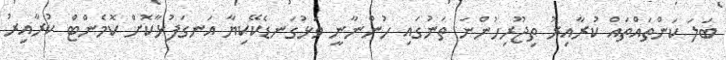
ބަލަ ކަންތައްތައް ކުރާއިރު ތިޖޫރިހުންނަ ތަނުގައި ހުންނާނީ ވަޅުގަނޑެކޭކިޔާ އަނގަފުޅާކޮށް ކޮމެންޓް ކުރާއިރު